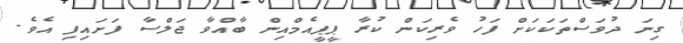
ގިނަ ދުވަސްތަކަކަށް ފަހު ވެރިކަން ކުރާ ޕީޕީއެމްއިން ބާއްވާ ޖަލްސާ ފަށައިފި އެވެ.